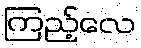
ကြည့်လေ